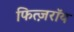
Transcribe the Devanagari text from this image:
फित्ज़रॉय